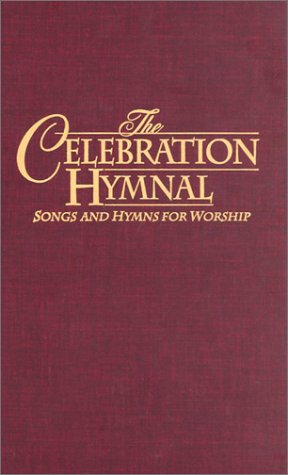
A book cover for Celebration Hymnal: Songs and Hymns for Worship; Tom Fettke; Christian Books & Bibles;